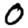
Digit: 0